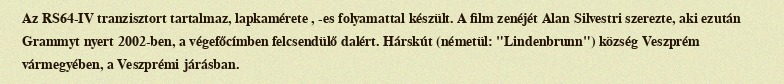
Az RS64-IV tranzisztort tartalmaz, lapkamérete , -es folyamattal készült. A film zenéjét Alan Silvestri szerezte, aki ezután Grammyt nyert 2002-ben, a végefőcímben felcsendülő dalért. Hárskút (németül: "Lindenbrunn") község Veszprém vármegyében, a Veszprémi járásban.